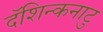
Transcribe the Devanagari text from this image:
दॅशिन्कनाटु